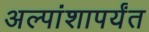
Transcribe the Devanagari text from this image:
अल्पांशापर्यंत